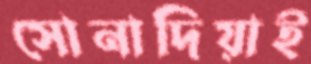
সোনাদিয়াই